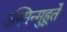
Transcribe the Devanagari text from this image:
तस्मिन्मुहूर्ते